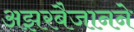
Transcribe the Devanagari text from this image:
अझरबैजानने